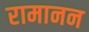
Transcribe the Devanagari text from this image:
रामानन